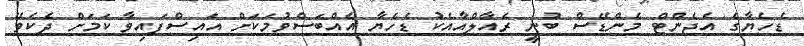
ޑެހެޔާގެ އެޖެންޓް މެންޑޭސް ބުނީ ރެއާލްއާއެކު ޑެހެޔާ އެއްބަސްވުމަކަށް އައިސްފައިވާ ކަމަށް ދެކެވޭ